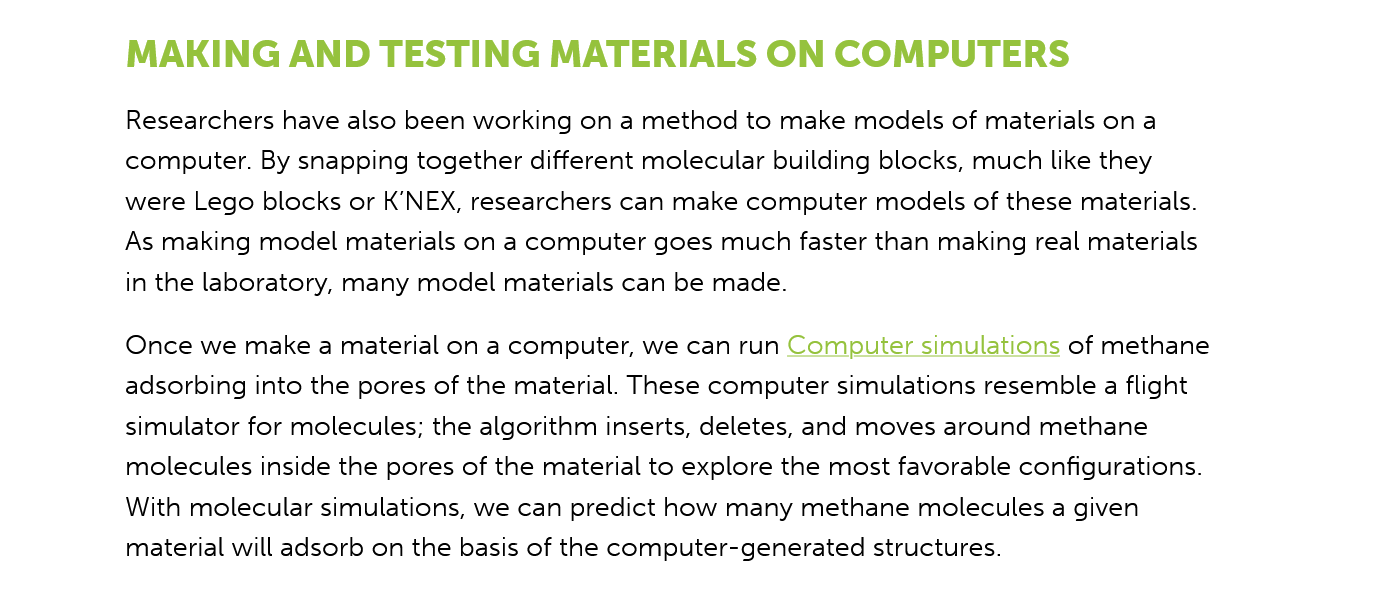
Researchers have also been working on a method to make models of materials on a
     computer. By snapping together different molecular building blocks, much like they
     were Lego blocks or K’NEX, researchers can make computer models of these materials.
     As making model materials on a computer goes much faster than making real materials
     in the laboratory, many model materials can be made.
     Once  we make a material on a computer, we can run Computer simulations of methane
     adsorbing into the pores of the material. These computer simulations resemble a flight
     simulator for molecules; the algorithm inserts, deletes, and moves around methane
     molecules inside the pores of the material to explore the most favorable configurations.
     With molecular simulations, we can predict how many methane molecules a given
     material will adsorb on the basis of the computer-generated structures.